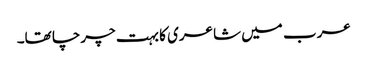
عرب میں شاعری کا بہت چرچا تھا۔